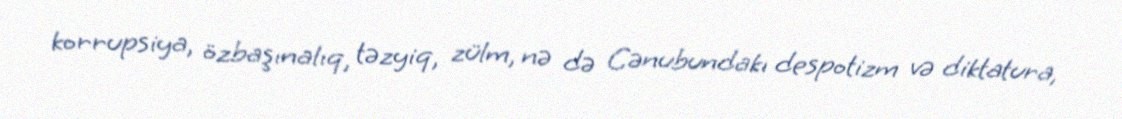
korrupsiya, özbaşınalıq, təzyiq, zülm, nə də Cənubundakı despotizm və diktatura,